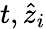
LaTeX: t,\hat{z}_{i}